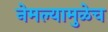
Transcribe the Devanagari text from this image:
नेमल्यामुळेच